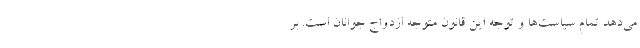
می‌دهد تمام سیاست‌ها و توجه این قانون متوجه ازدواج جوانان است. بر